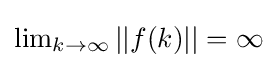
{\textstyle \lim _{k\rightarrow \infty }||f(k)||=\infty }